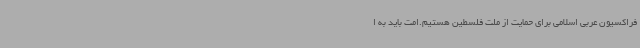
فراکسیون عربی اسلامی برای حمایت از ملت فلسطین هستیم.امت باید به ا